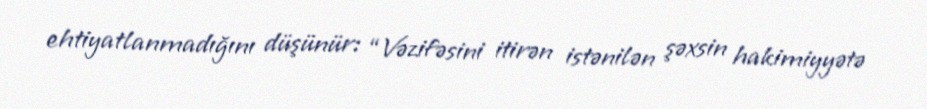
ehtiyatlanmadığını düşünür: “Vəzifəsini itirən istənilən şəxsin hakimiyyətə